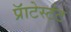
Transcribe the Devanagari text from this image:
प्रॅाटेस्टंट